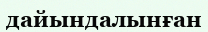
дайындалынған